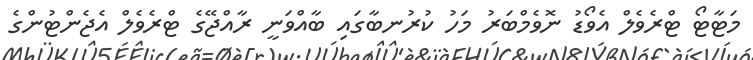
މަޓާޓޯ ޓްރެވެލް އެވޯޑު ނޮވެމްބަރު މަހު ކުރުނބާގައި ބާއްވަނީ ރާއްޖޭގެ ޓްރެވެލް އެޖެންޓުންގެ